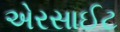
એરસાઈટ